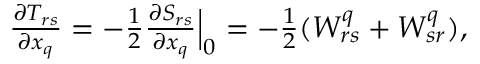
\begin{array} { r } { \frac { \partial T _ { r s } } { \partial x _ { q } } = - \frac { 1 } { 2 } \frac { \partial S _ { r s } } { \partial x _ { q } } \Big \vert _ { 0 } = - \frac { 1 } { 2 } ( W _ { r s } ^ { q } + W _ { s r } ^ { q } ) , } \end{array}